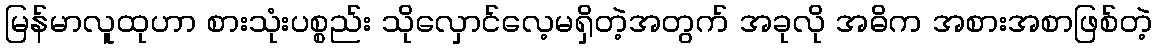
မြန်မာလူထုဟာ စားသုံးပစ္စည်း သိုလှောင်လေ့မရှိတဲ့အတွက် အခုလို အဓိက အစားအစာဖြစ်တဲ့